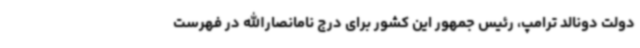
دولت دونالد ترامپ، رئیس جمهور این کشور برای درج نامانصارالله در فهرست